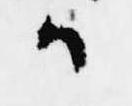
候